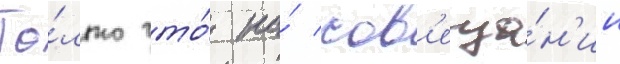
То́лько что́ на́ сов'еща́н'ии